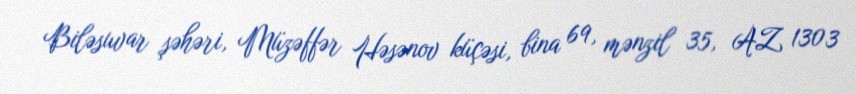
Biləsuvar şəhəri, Müzəffər Həsənov küçəsi, bina 69, mənzil 35, AZ 1303